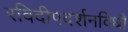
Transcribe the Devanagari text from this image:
रविदीपदर्शनविधौ